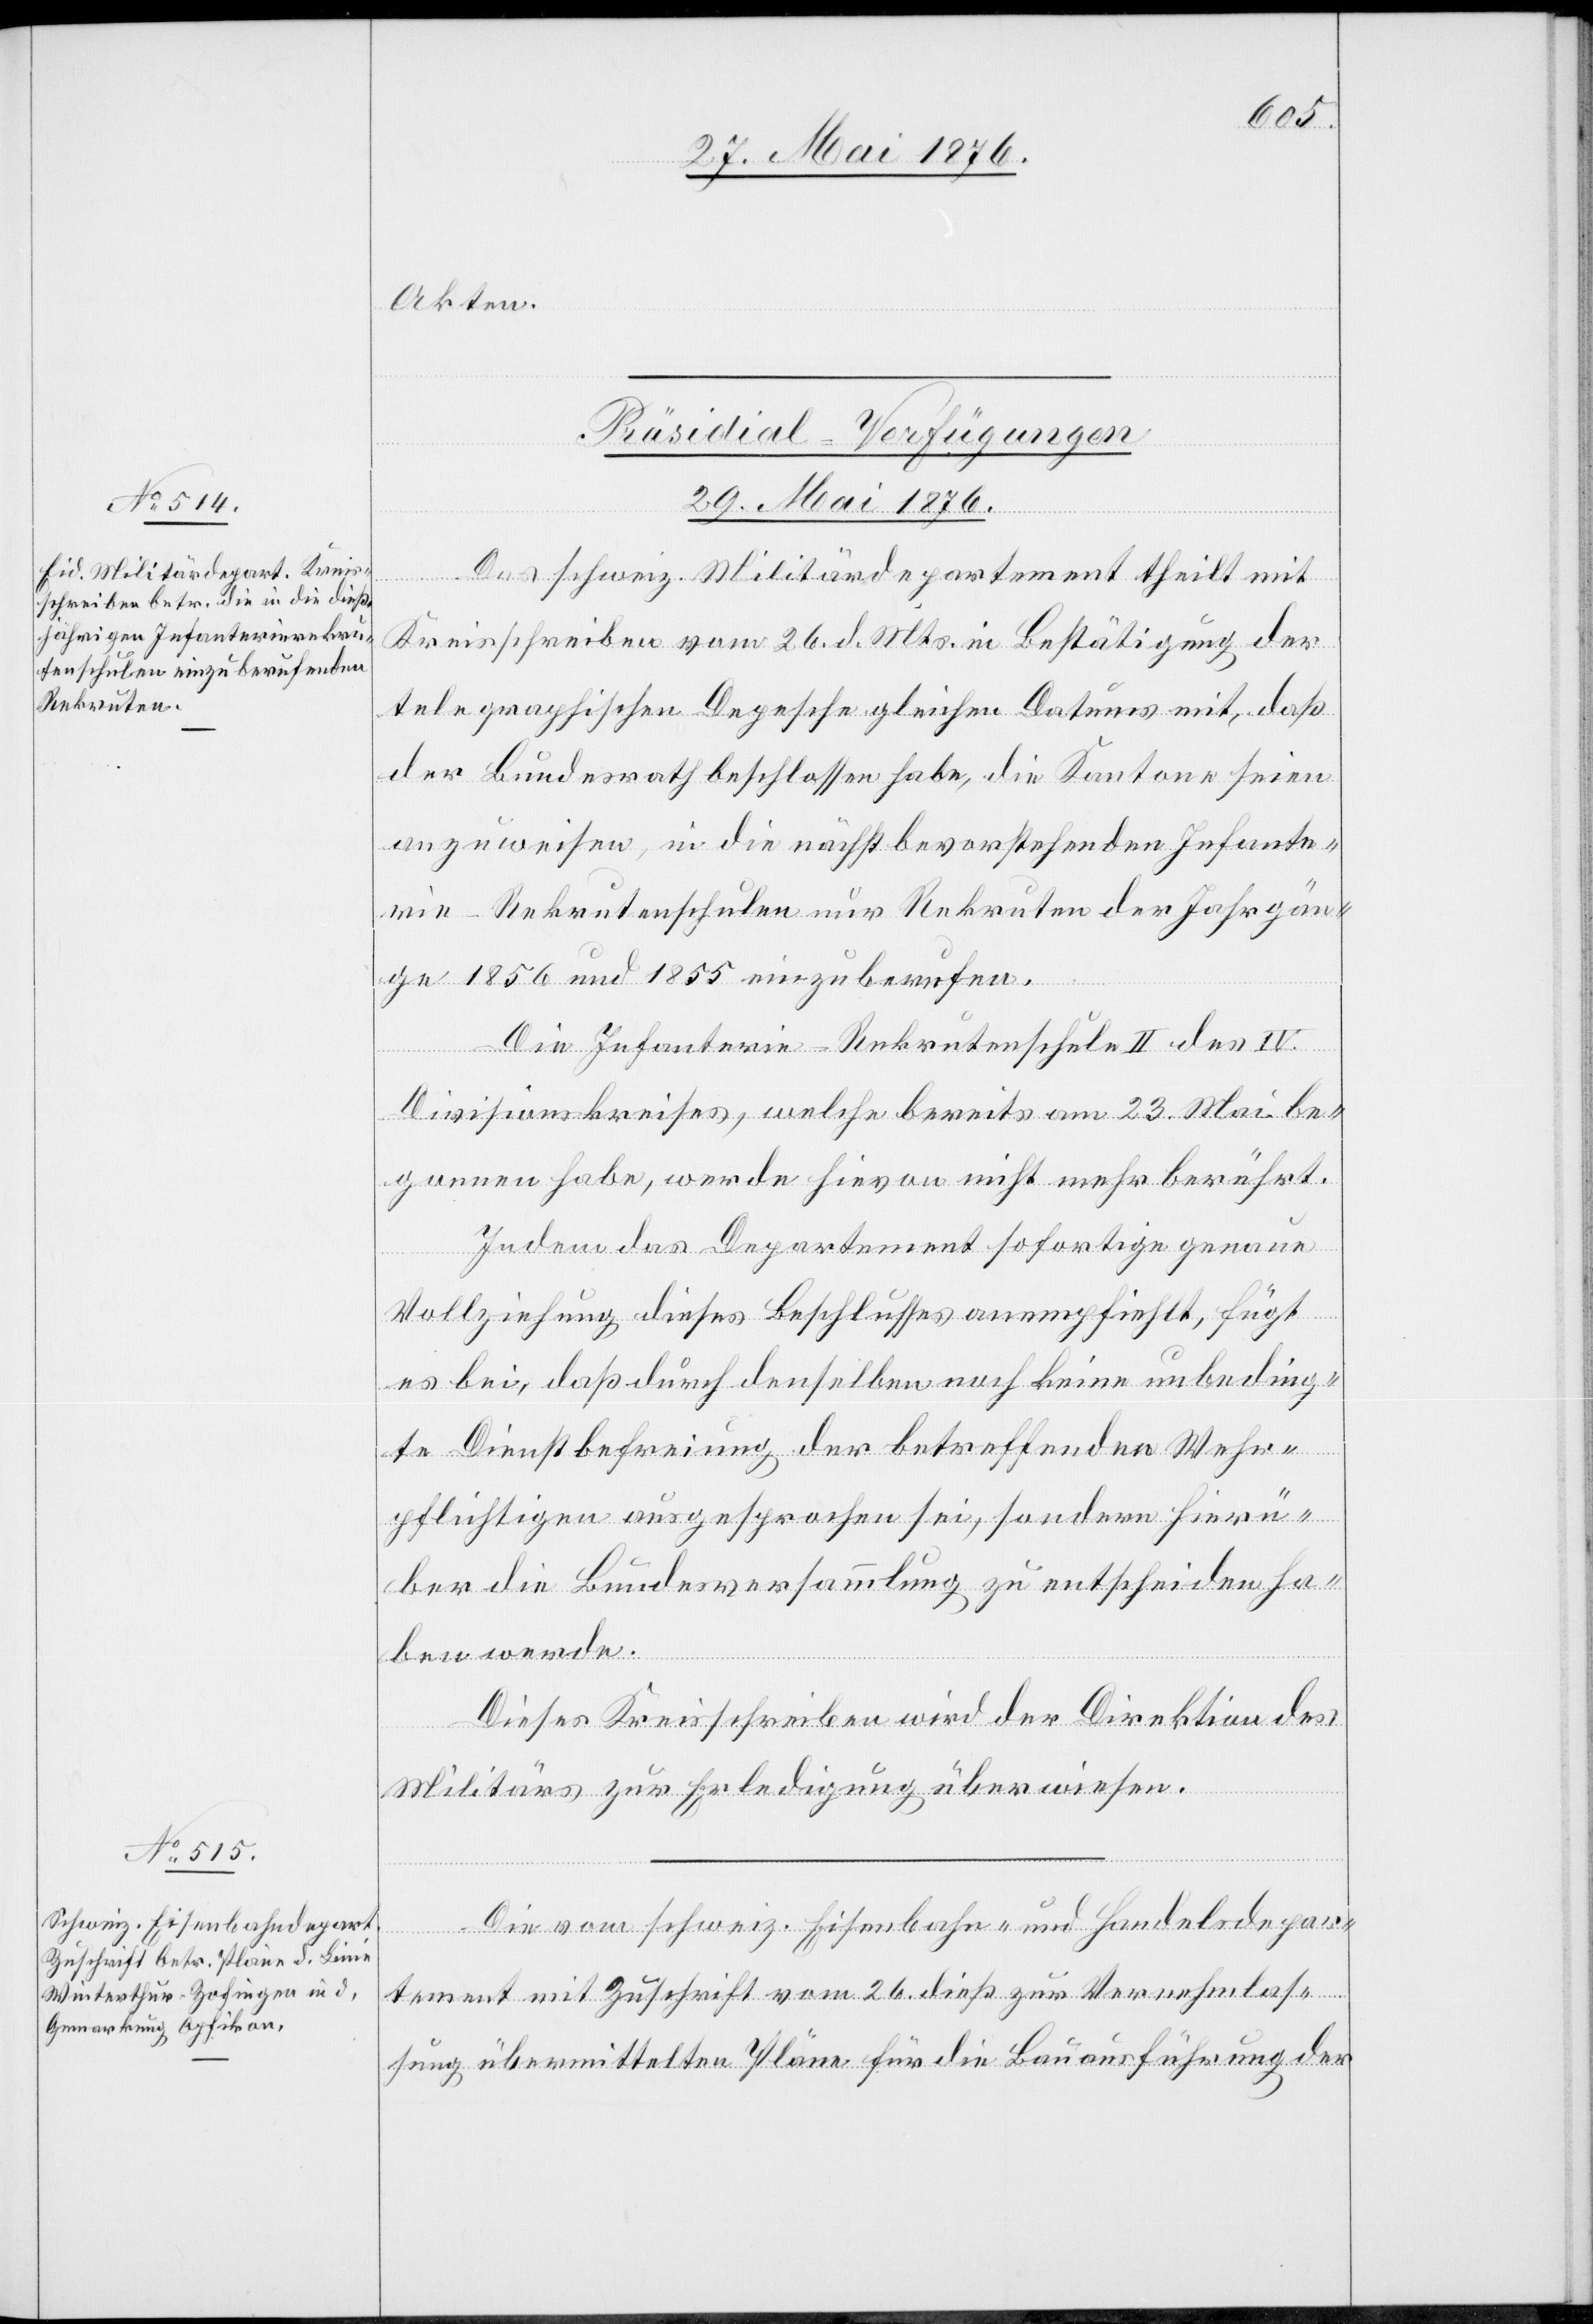
Akten.
[Präsidial-Verfügungen
29. Mai 1876.]
Das schweiz. Militärdepartement theilt mit
Kreisschreiben vom 26. d. Mts. in Bestätigung der
telegraphischen Depesche gleichen Datums mit, daß
der Bundesrath beschlossen habe, die Kantone seien
anzuweisen, in die nächst bevorstehenden Infante¬
rie-Rekrutenschulen nur Rekruten der Jahrgän¬
ge 1856 und 1855 einzuberufen.
Die Infanterie-Rekrutenschule II. des IV.
Divisionskreises, welche bereits am 23. Mai be¬
gonnen habe, werde hievon nicht mehr berührt.
Indem das Departement sofortige genaue
Vollziehung dieses Beschlusses anempfiehlt, fügt
es bei, das durch denselben noch keine unbeding¬
te Dienstbefreiung der betreffenden Wehr¬
pflichtigen ausgesprochen sei, sondern hier¬
über die Bundesversammlung zu entscheiden ha¬
ben werde.
Dieses Kreisschreiben wir der Direktion des
Militärs zur Erledigung überwiesen.
Die vom schweiz. Eisenbahn- und Handelsdepar¬
tement mit Zuschrift vom 26. dieß zur Vernehmlas¬
sung übermittelten Pläne für die Bauausführung der